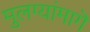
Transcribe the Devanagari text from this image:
मुलग्यांमागॆ